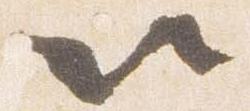
以